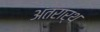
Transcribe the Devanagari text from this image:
अंतरार्थ